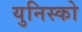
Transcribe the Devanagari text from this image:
युनिस्को